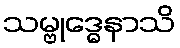
သမ္ဗုဒ္ဓေနာသိ